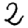
Digit: 2